Trukikaitis_Postimees, lk 20
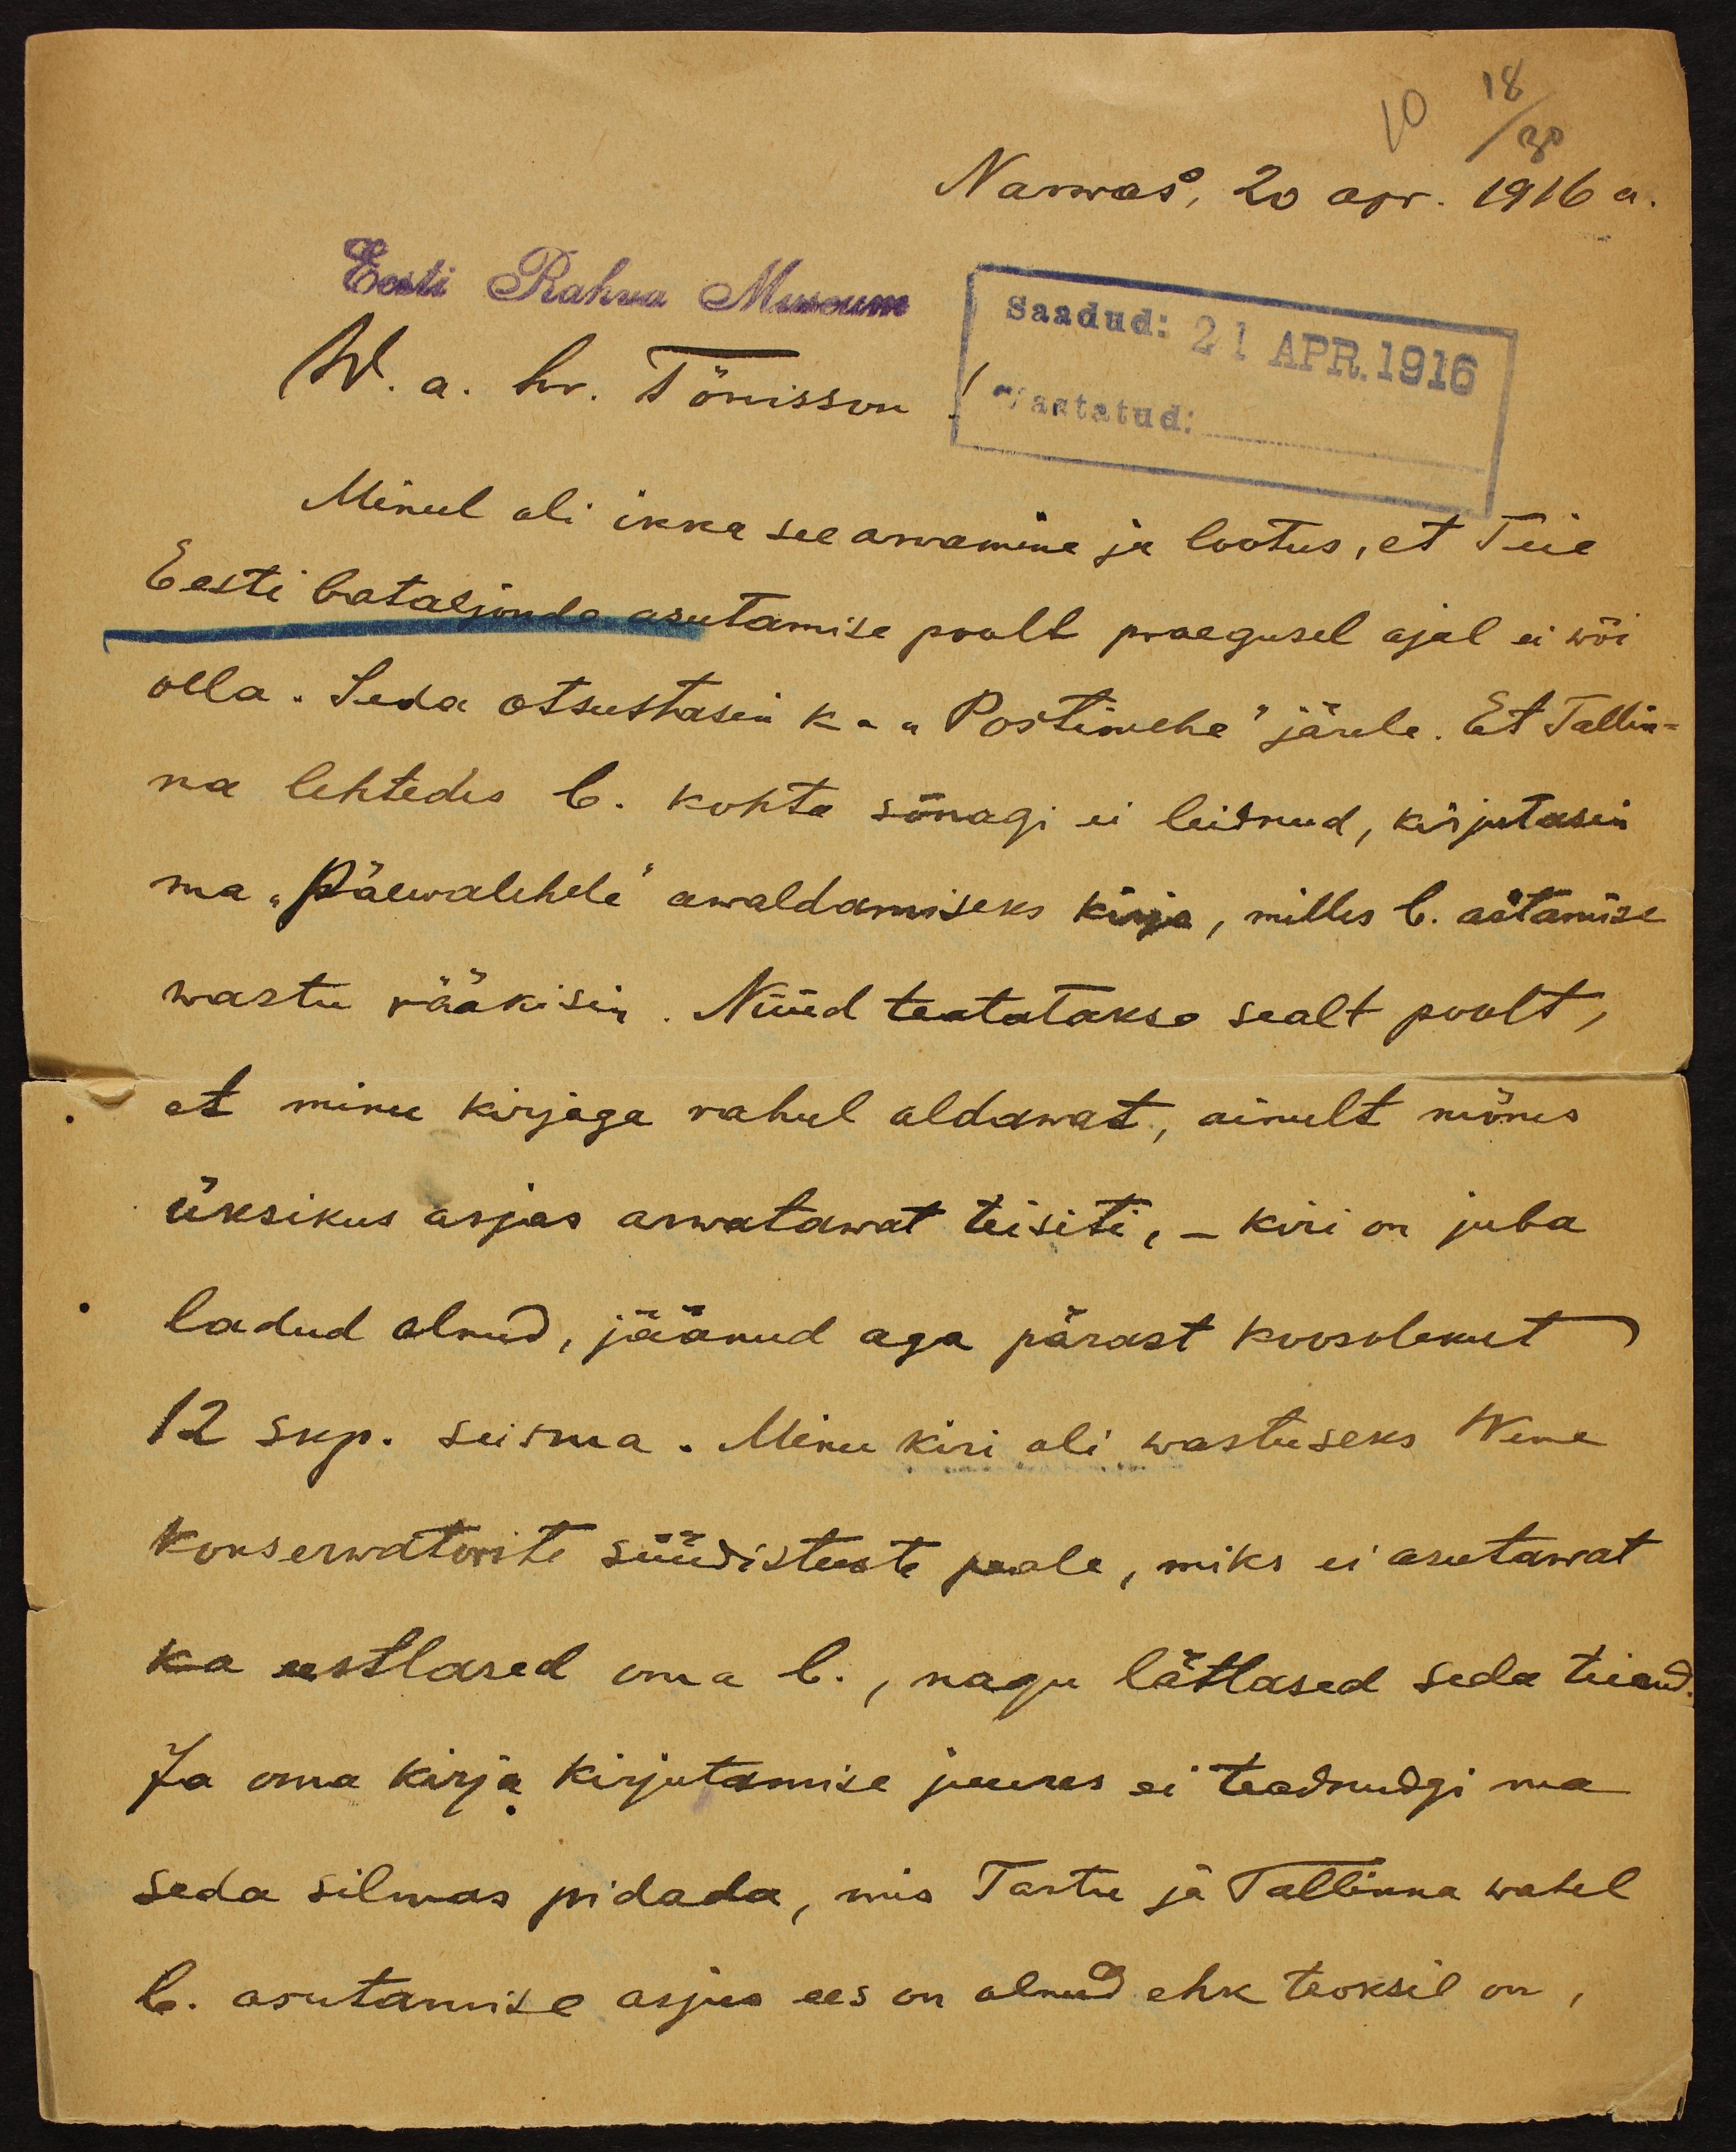
10 18/30
Narwas, 20 apr. 1916 a.
Eest Rahva Museum
W. a. hr. Tõnisson! Vastatud:
Saadud: 21 APR. 1916
Minul oli ikka see arwamine ja lootus, et Teie
Eesti bataljonde asutamise poolt praegusel ajal ei wõi
olla. Seda otsustasin ka "Postimehe" järele. Et Tallin-
na lehtedes b. kohta sõnagi ei leidnud, kirjutasin
ma "Päewalehele" awaldamiseks kirja, milles b. astamise
wastu rääkisin. Nüüd teatatakse sealt poolt,
et minu kirjaga rahul oldawat, ainult mõnes
üksikus asjas arwatawat teisiti, - kiri on juba
ladud olnud, jäänud aga pärast koosolekut
12 skp. seisma. Minu kiri oli wastuseks Wene
konserwatorite süüdistuste peale, miks ei asutawat
ka eestlased oma b., nagu lätlased seda teinud
Ja oma kirja kirjutamise juures ei teadnudgi ma
Seda silmas pidada, mis Tartu ja Tallinna wahel
b. asutamise asjus ees on olnud ehk teoksil on,